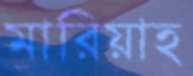
মারিয়াহ